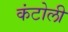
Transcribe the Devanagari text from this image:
कंटोली